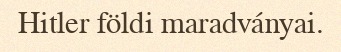
Hitler földi maradványai.